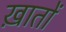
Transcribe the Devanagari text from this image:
ख़ातों